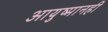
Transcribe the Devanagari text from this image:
आयुष्मानही